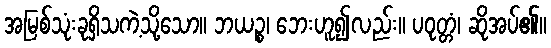
အမြစ်သုံးခုရှိသကဲ့သို့သော။ ဘယဉ္စ၊ ဘေးဟူ၍လည်း။ ပဝုတ္တံ၊ ဆိုအပ်၏။